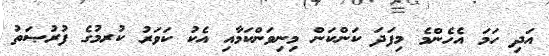
އަދި ހަމަ އެހެންމެ މިފަދަ ކަންކަން މިނިވަންކަމާއި އެކު ކަވަރު ކުރމުގެ ފުރުޞަތު